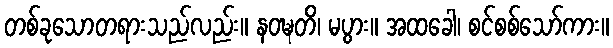
တစ်ခုသောတရားသည်လည်း။ နဝဍ္ဎတိ၊ မပွား။ အထခေါ၊ စင်စစ်သော်ကား။